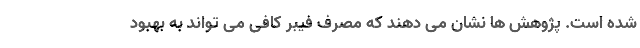
شده است. پژوهش ها نشان می دهند که مصرف فیبر کافی می تواند به بهبود